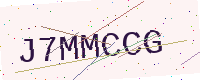
Text: J7MMCCG